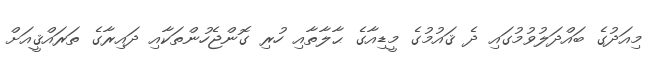
މިއަދުގެ ބައްދަލުވުމުގައި ދެ ޤައުމުގެ މީޑިއާގެ ޙާލާތާއި ހުރި ގޮންޖެހުންތަކާއި ދައިރާގެ ތަރައްޤީއަށް